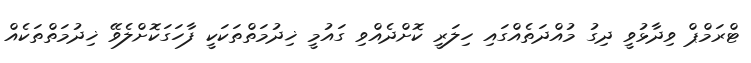
ޓްރަމްޕް ވިދާޅުވީ ދިގު މުއްދަތެއްގައި ހިލަރީ ކޮށްދެއްވި ގައުމީ ޚިދުމަތްތަކަކީ ފާހަގަކޮށްލެވޭ ޚިދުމަތްތަކެއް